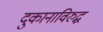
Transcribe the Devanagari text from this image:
दुकानाविरुद्ध